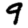
Digit: 9